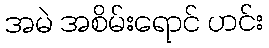
အမဲ အစိမ်းရောင် ဟင်း